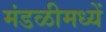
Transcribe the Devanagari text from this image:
मंडळीमध्यें